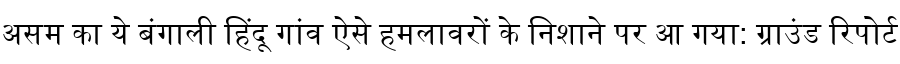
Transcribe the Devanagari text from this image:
असम का ये बंगाली हिंदू गांव ऐसे हमलावरों के निशाने पर आ गया: ग्राउंड रिपोर्ट